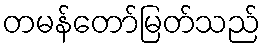
တမန်တော်မြတ်သည်